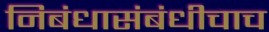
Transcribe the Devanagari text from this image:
निबंधासंबंधीचाच